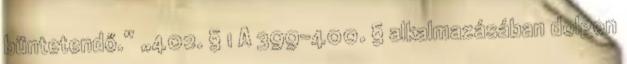
büntetendő.” „402. § 1 A 399-400. § alkalmazásában dolgon